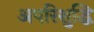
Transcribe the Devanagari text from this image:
अपरिशुद्धि